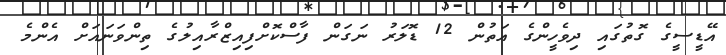
އޭޑީސީގެ ގޮތުގައި ދިވެހީންގެ އަތުން 12 ޑޮލަރު ނަގަން ފާސްކޮށްފިއިޒްރާއިލުގެ ތިންވަނައަށް އެންމެ